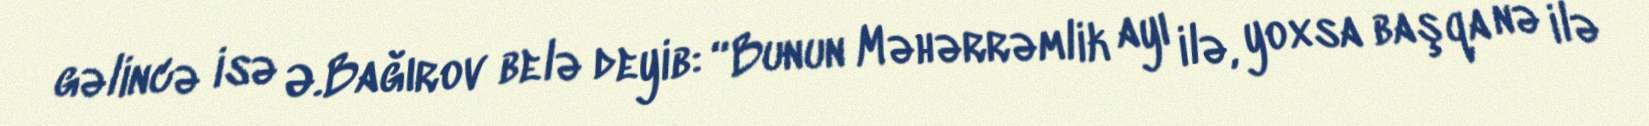
gəlincə isə Ə.Bağırov belə deyib: “Bunun Məhərrəmlik ayı ilə, yoxsa başqa nə ilə